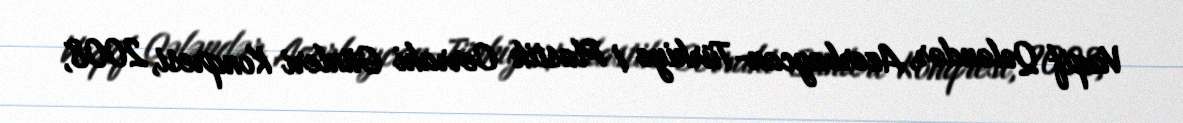
Vaqif Qələndər, Azerbaycan-Türkiye I Plastik Cerrahi Günleri Konqresi, 2008,